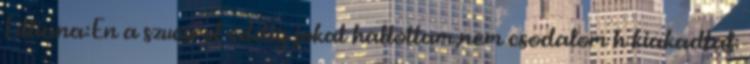
Lilliana:En a szucsrol eddig jokat hallottam,nem csodalom h kiakadtal: